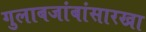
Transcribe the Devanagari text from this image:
गुलाबजांबांसारखा